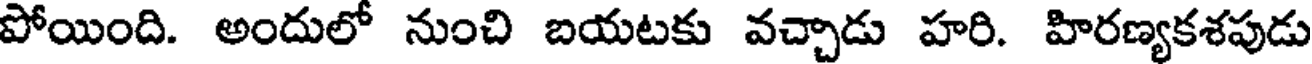
పోయింది. అందులో నుంచి బయటకు వచ్చాడు హరి. హిరణ్యకశపుడు